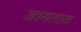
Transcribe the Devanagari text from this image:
जागतात